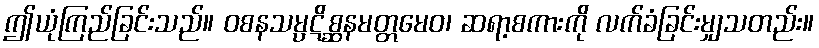
ဤယုံကြည်ခြင်းသည်။ ဝစနသမ္ပဋိစ္ဆနမတ္တမေဝ၊ ဆရာ့စကားကို လက်ခံခြင်းမျှသတည်း။